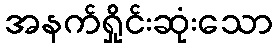
အနက်ရှိုင်းဆုံးသော